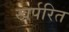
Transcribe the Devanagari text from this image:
खर्परित